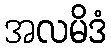
အလမိဒံ